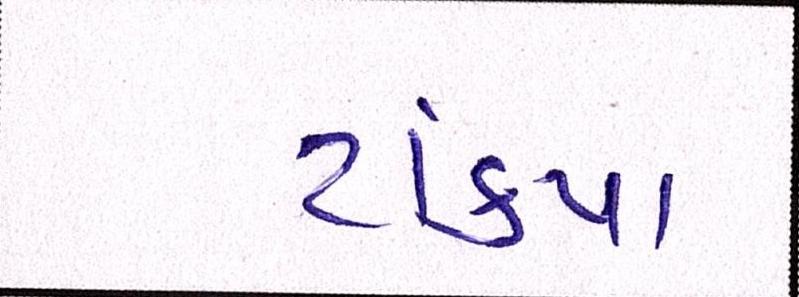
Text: ટાંક્યા